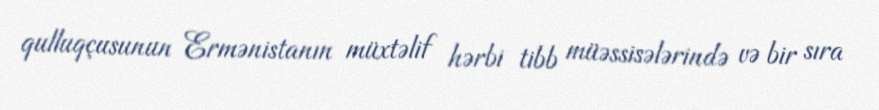
qulluqçusunun Ermənistanın müxtəlif hərbi tibb müəssisələrində və bir sıra